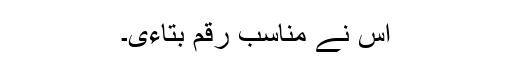
اس نے مناسب رقم بتاءی۔